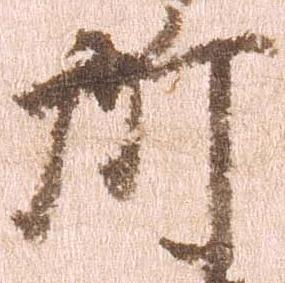
所